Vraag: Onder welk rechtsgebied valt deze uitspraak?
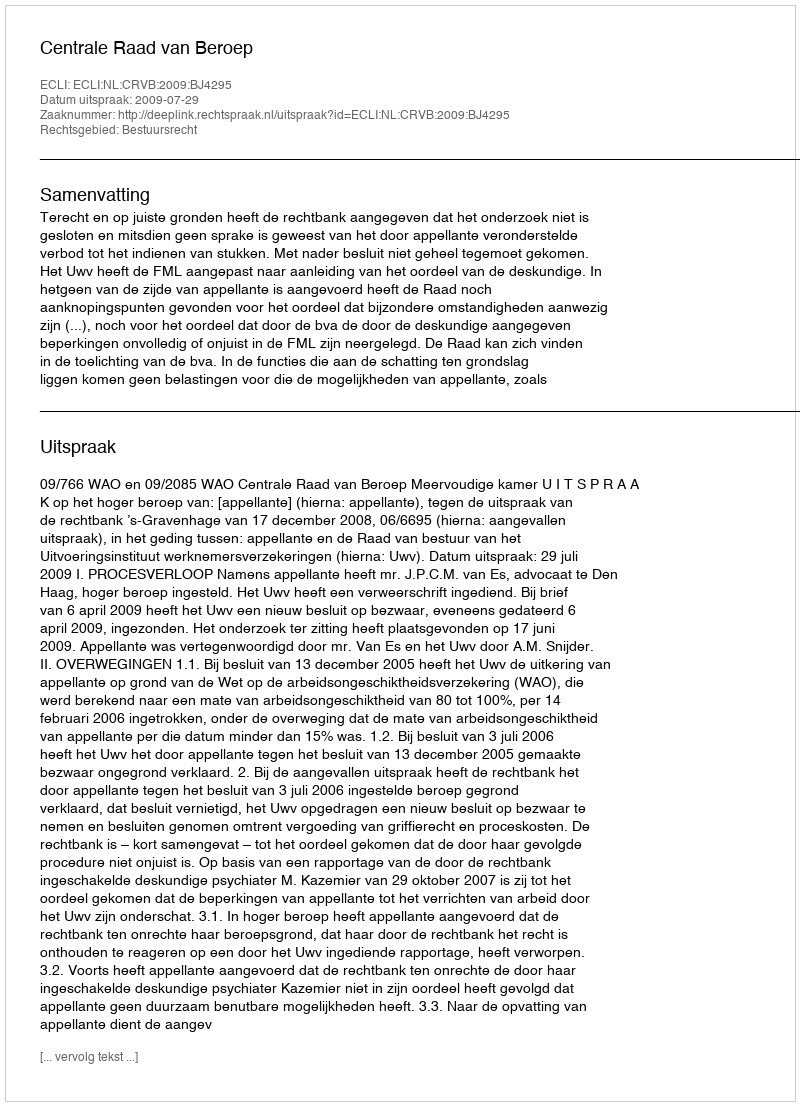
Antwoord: Bestuursrecht